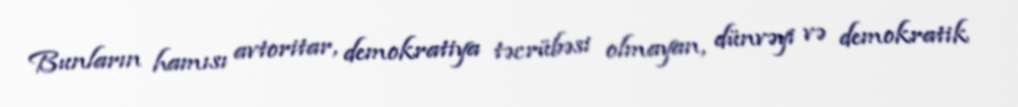
Bunların hamısı avtoritar, demokratiya təcrübəsi olmayan, dünvəyi və demokratik